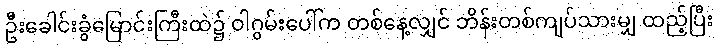
ဦးခေါင်းခွံမြောင်းကြီးထဲ၌ ဝါဂွမ်းပေါ်က တစ်နေ့လျှင် ဘိန်းတစ်ကျပ်သားမျှ ထည့်ပြီး